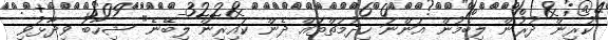
"ކުރިން ދުރުން ލިބެމުން އަންނަ ހިދުމަތްތައް ދެން ކައިރިން ލިބޭނެ" ޝިހާބު ވިދާޅުވި